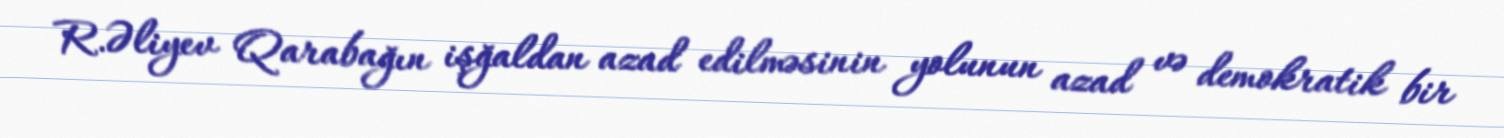
R.Əliyev Qarabağın işğaldan azad edilməsinin yolunun azad və demokratik bir